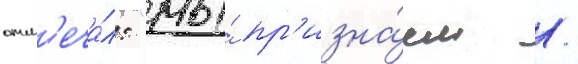
отм'еча́л: "мы́ пр'изна́ем /